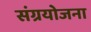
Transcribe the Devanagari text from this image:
संग्रयोजना